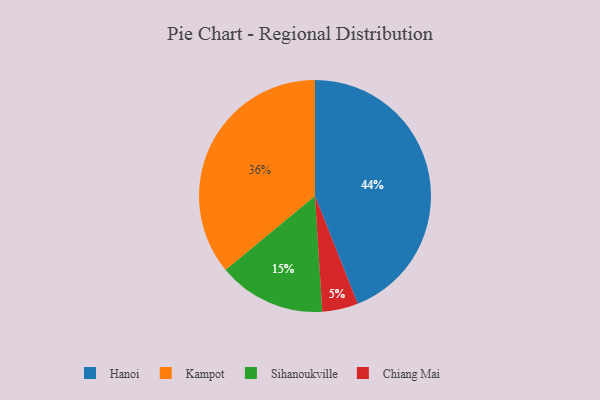
{"axis": {"x": "Category", "y": "Percentage"}, "legend": ["Chiang Mai", "Hanoi", "Kampot", "Sihanoukville"], "data": [{"x": "Hanoi", "y": 44, "type": "Hanoi"}, {"x": "Chiang Mai", "y": 5, "type": "Chiang Mai"}, {"x": "Sihanoukville", "y": 15, "type": "Sihanoukville"}, {"x": "Kampot", "y": 36, "type": "Kampot"}]}